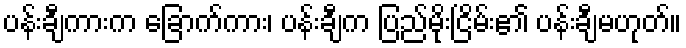
ပန်းချီကားက ခြောက်ကား၊ ပန်းချီက ပြည်မိုးငြိမ်း၏ ပန်းချီမဟုတ်။